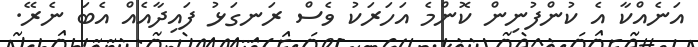
އަނެއްކާ އެ ކުންފުނިން ކޮންމެ އަހަރަކު ވެސް ރަނގަޅު ފައިދާއެއް އެބަ ނެރޭ.